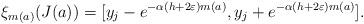
LaTeX: \begin{align*}\xi_{m(a)} (J(a)) = [y_j - e^{-\alpha (h + 2 \varepsilon) m(a)}, y_j + e^{-\alpha (h + 2 \varepsilon) m(a)}].\end{align*}